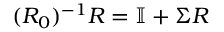
( R _ { 0 } ) ^ { - 1 } R = \mathbb { I } + \Sigma R